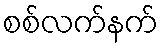
စစ်လက်နက်